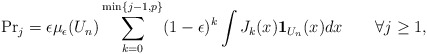
\begin{align*}\mbox{Pr}_j=\epsilon \mu_\epsilon(U_n)\sum_{k=0}^{\min\{j-1,p\}}(1-\epsilon)^k\int J_k(x){\bf 1}_{U_n}(x) dx\qquad\forall j\geq 1,\end{align*}